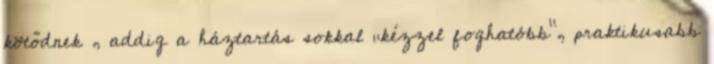
kötődnek , addig a háztartás sokkal „kézzel foghatóbb”, praktikusabb